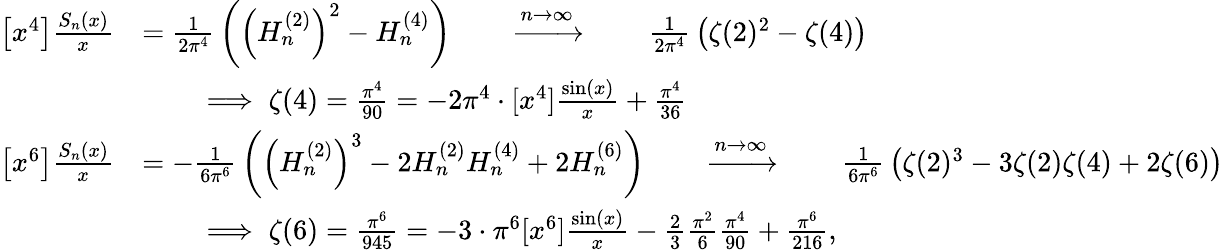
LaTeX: {\begin{array}{rl}{\left[x^{4}\right]{\frac{S_{n}(x)}{x}}}&{={\frac{1}{2\pi^{4}}}\left(\left(H_{n}^{(2)}\right)^{2}-H_{n}^{(4)}\right)\qquad\xrightarrow{n\rightarrow\infty}\qquad{\frac{1}{2\pi^{4}}}\left(\zeta(2)^{2}-\zeta(4)\right)}\\ &{\qquad\implies\zeta(4)={\frac{\pi^{4}}{90}}=-2\pi^{4}\cdot[x^{4}]{\frac{\sin(x)}{x}}+{\frac{\pi^{4}}{36}}}\\ {\left[x^{6}\right]{\frac{S_{n}(x)}{x}}}&{=-{\frac{1}{6\pi^{6}}}\left(\left(H_{n}^{(2)}\right)^{3}-2H_{n}^{(2)}H_{n}^{(4)}+2H_{n}^{(6)}\right)\qquad\xrightarrow{n\rightarrow\infty}\qquad{\frac{1}{6\pi^{6}}}\left(\zeta(2)^{3}-3\zeta(2)\zeta(4)+2\zeta(6)\right)}\\ &{\qquad\implies\zeta(6)={\frac{\pi^{6}}{945}}=-3\cdot\pi^{6}[x^{6}]{\frac{\sin(x)}{x}}-{\frac{2}{3}}{\frac{\pi^{2}}{6}}{\frac{\pi^{4}}{90}}+{\frac{\pi^{6}}{216}},}\end{array}}